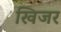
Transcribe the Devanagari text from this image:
खिजर